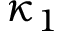
\kappa _ { 1 }